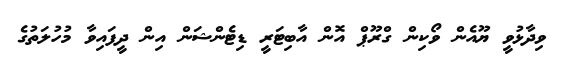
ވިދާޅުވީ ޔޫއެން ވޯކިން ގްރޫޕް އޮން އާބިޓަރީ ޑިޓެންޝަން އިން ދީފައިވާ މުހުލަތުގެ